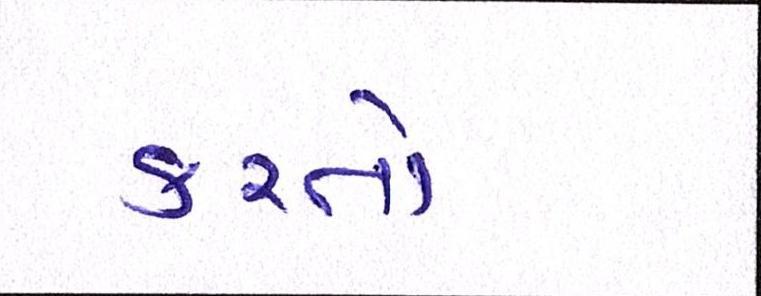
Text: કરતો